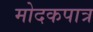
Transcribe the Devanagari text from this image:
मोदकपात्र